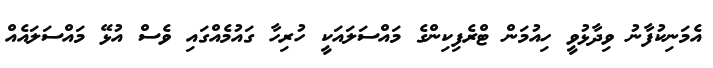
އެމަނިކުފާނު ވިދާޅުވީ ހިއުމަން ޓްރެފިކިންގެ މައްސަލައަކީ ހުރިހާ ގައުމެއްގައި ވެސް އުޅޭ މައްސަލައެއް